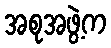
အစုအဖွဲ့က